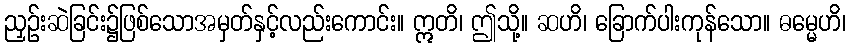
ညှဉ်းဆဲခြင်း၌ဖြစ်သောအမှတ်နှင့်လည်းကောင်း။ ဣတိ၊ ဤသို့။ ဆဟိ၊ ခြောက်ပါးကုန်သော။ ဓမ္မေဟိ၊